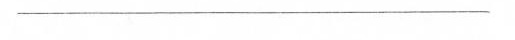
——————